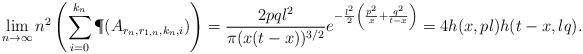
LaTeX: \begin{align*}\lim\limits_{n\to \infty}n^{2}\left(\sum\limits_{i=0}^{k_n}\P(A_{r_n, r_{1,n}, k_n, i})\right)&=\frac{2pql^2}{\pi(x(t-x))^{3/2}}e^{-\frac{l^2}{2}\left(\frac{p^2}{x}+\frac{q^2}{t-x}\right)}=4h(x, pl)h(t-x, lq).\end{align*}